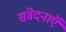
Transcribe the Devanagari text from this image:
संवेदनाऍं